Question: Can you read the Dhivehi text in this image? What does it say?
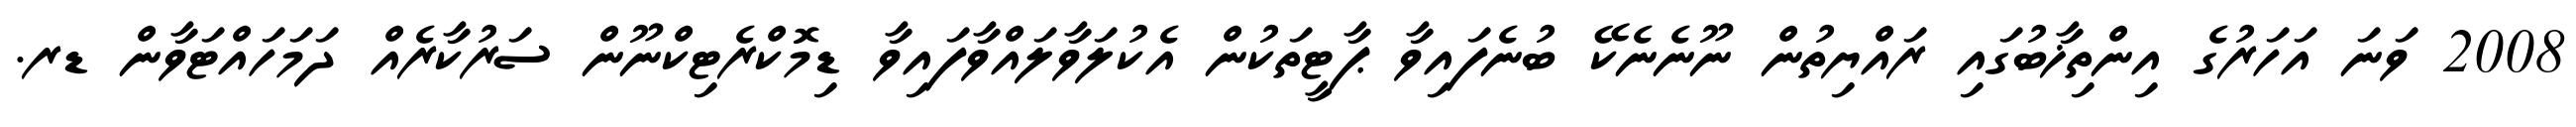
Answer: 2008 ވަނަ އަހަރުގެ އިންތިޚާބުގައި ރައްޔިތުން ނޫނެނެކޭ ބުނެފައިވާ ޕާޓީތަކުން އެކުލަވާލައްވާފައިވާ ޑިމޮކްރެޓިކްނޫން ސަރުކާރެއް ދަމަހައްޓަވާން ޑރ.